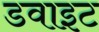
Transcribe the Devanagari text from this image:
डवाइट